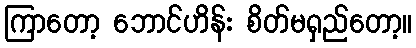
ကြာတော့ ဘောင်ဟိန်း စိတ်မရှည်တော့။